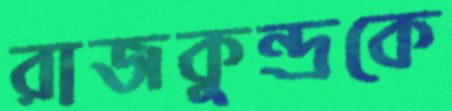
রাজকুন্দ্রকে